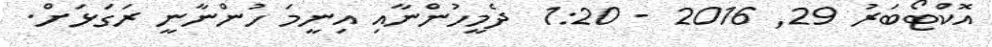
އޮކްޓޯބަރު 29